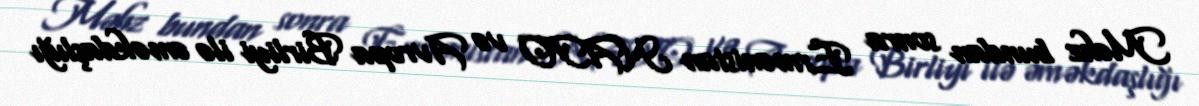
Məhz bundan sonra Ermənistan NATO və Avropa Birliyi ilə əməkdaşlığı